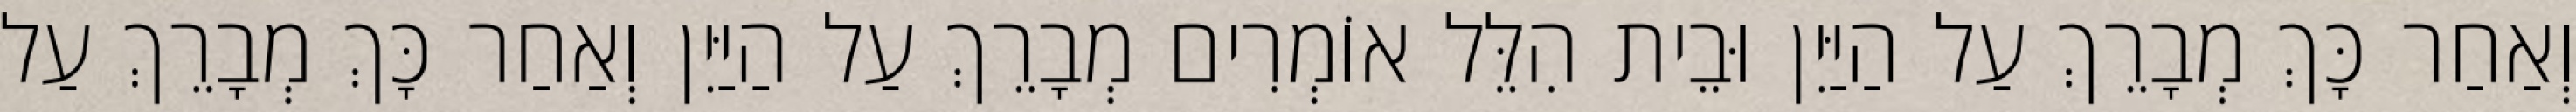
וְאַחַר כָּךְ מְבָרֵךְ עַל הַיַּיִן וּבֵית הִלֵּל אוֹמְרִים מְבָרֵךְ עַל הַיַּיִן וְאַחַר כָּךְ מְבָרֵךְ עַל